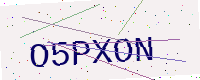
Text: O5PXON